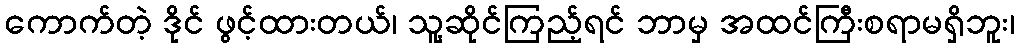
ကောက်တဲ့ ဒိုင် ဖွင့်ထားတယ်၊ သူ့ဆိုင်ကြည့်ရင် ဘာမှ အထင်ကြီးစရာမရှိဘူး၊